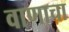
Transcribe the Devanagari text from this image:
वाणाचा